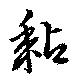
黏